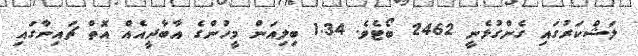
ލަޝްކަރުގައި ގެންގުޅެނީ 2462 ބޯޓެވެ. 1.34 ބިލިއަން މީހުންގެ އާބާދީއެއް އޮތް ޗައިނާގައި